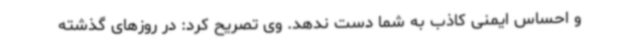
و احساس ایمنی کاذب به شما دست ندهد. وی تصریح کرد: در روزهای گذشته